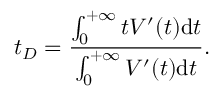
t _ { D } = { \frac { \int _ { 0 } ^ { + \infty } t V ^ { \prime } ( t ) \mathrm { d } t } { \int _ { 0 } ^ { + \infty } V ^ { \prime } ( t ) \mathrm { d } t } } .